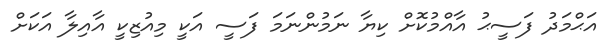
އަޙްމަދު ފަސީޙު އާއްމުކޮށް ކިޔާ ނަމުންނަމަ ފަސީ އަކީ މިއުޒިކީ އާއިލާ އަކަށް